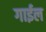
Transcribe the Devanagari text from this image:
गाईल